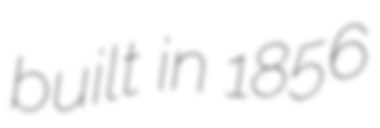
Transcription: built in 1856